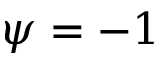
\psi = - 1